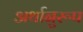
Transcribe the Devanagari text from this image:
अर्थानुरूप